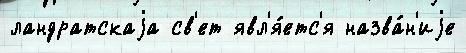
ландратскаjа св'ет явл'я́етс'я назва́н'иjе